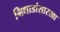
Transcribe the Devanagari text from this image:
गिधाडांसारखा